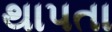
થાપતા